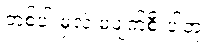
တစ်ပါးမှလဲ မပျက်စီးပါဘူး။